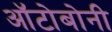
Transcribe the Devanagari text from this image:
ऑटोबोनी